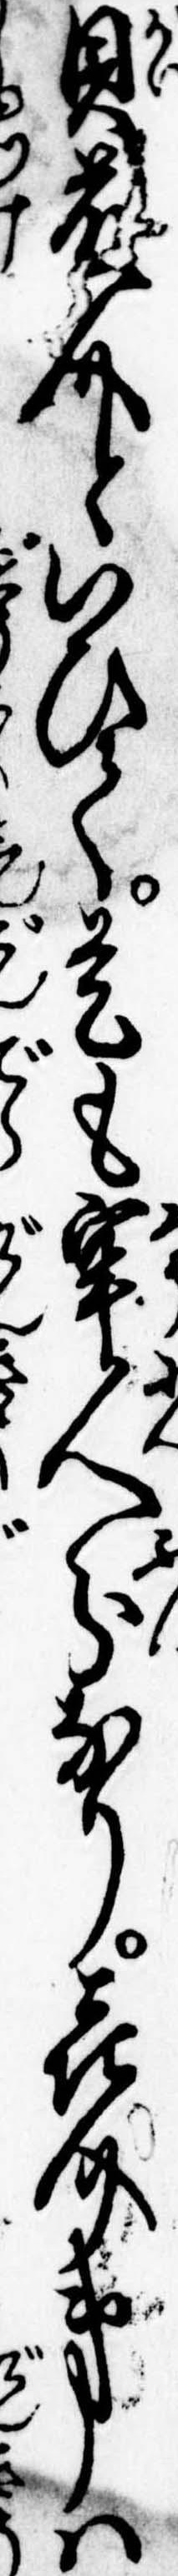
貝藤介といひて是も牢人分なり㐂介弟は